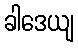
ခါဒေယျ